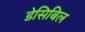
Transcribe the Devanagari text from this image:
डेसिबिल